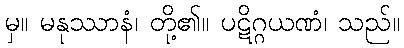
မှ။ မနုဿာနံ၊ တို့၏။ ပဋိဂ္ဂယဏံ၊ သည်။